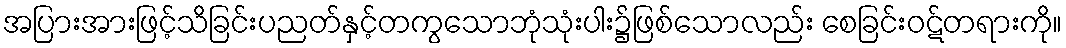
အပြားအားဖြင့်သိခြင်းပညတ်နှင့်တကွသောဘုံသုံးပါး၌ဖြစ်သောလည်း စေခြင်းဝဋ်တရားကို။